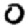
Digit: 0